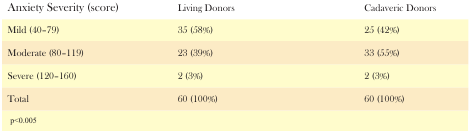
| Anxiety Severity (score) | Living Donors | Cadaveric Donors |
 | --- | --- | --- |
 | Mild (40–79) | 35 (58%) | 25 (42%) |
 | Moderate (80–119) | 23 (39%) | 33 (55%) |
 | Severe (120–160) | 2 (3%) | 2 (3%) |
 | Total | 60 (100%) | 60 (100%) |
 | <COLSPAN=3> p<0.005 |